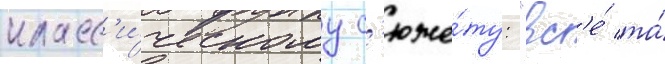
класс'и́ческому с'юже́ту: "вс'е́ та́